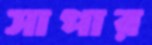
সাপার